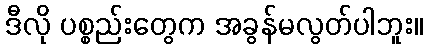
ဒီလို ပစ္စည်းတွေက အခွန်မလွတ်ပါဘူး။